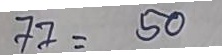
77 = 50